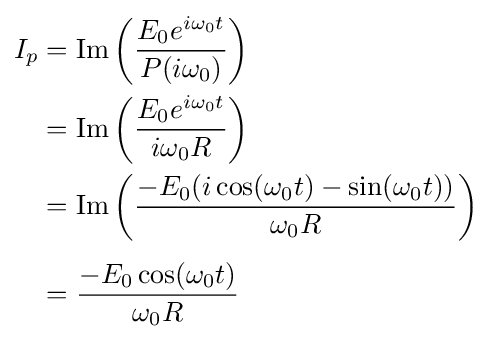
{\begin{aligned}I_{p}&=\operatorname {Im} \left({\frac {E_{0}e^{i\omega _{0}t}}{P(i\omega _{0})}}\right)\\&=\operatorname {Im} \left({\frac {E_{0}e^{i\omega _{0}t}}{i\omega _{0}R}}\right)\\&=\operatorname {Im} \left({\frac {-E_{0}(i\cos(\omega _{0}t)-\sin(\omega _{0}t))}{\omega _{0}R}}\right)\\[4pt]&={\frac {-E_{0}\cos(\omega _{0}t)}{\omega _{0}R}}\end{aligned}}